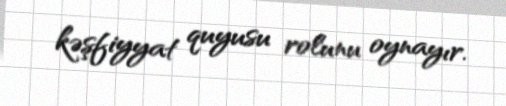
kəşfiyyat quyusu rolunu oynayır.